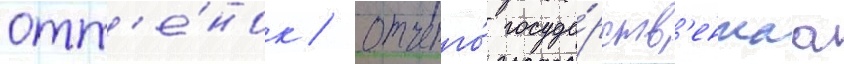
отт'е́нок / отчего́ госуда́рств'еннаа